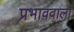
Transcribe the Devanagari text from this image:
प्रभाववाला